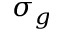
\sigma _ { g }